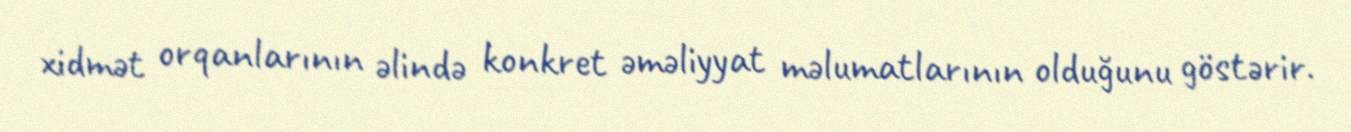
xidmət orqanlarının əlində konkret əməliyyat məlumatlarının olduğunu göstərir.